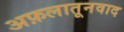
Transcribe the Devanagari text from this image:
अफ़लातूनवाद